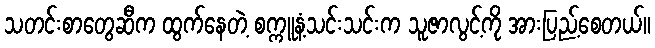
သတင်းစာတွေဆီက ထွက်နေတဲ့ စက္ကူနံ့သင်းသင်းက သူဇာလွင့်ကို အားပြည့်စေတယ်။